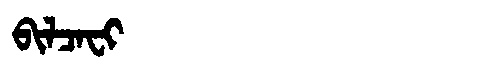
Manchu: ᠪᡳᠯᠴᠠᠸᡳ
Romanization: BILCAFI